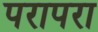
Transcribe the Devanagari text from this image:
परापरा